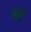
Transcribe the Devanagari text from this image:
ल्क्